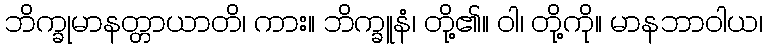
ဘိက္ခုမာနတ္တာယာတိ၊ ကား။ ဘိက္ခူနံ၊ တို့၏။ ဝါ၊ တို့ကို။ မာနဘာဝါယ၊